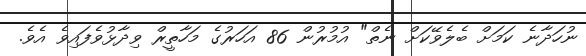
ނުހަދާނެ ކަމަށް ބެލެވޭކަށް ނެތް" އުމުރުން 86 އަހަރުގެ މަހާތީރް ވިދާޅުވެފައިވެ އެވެ.